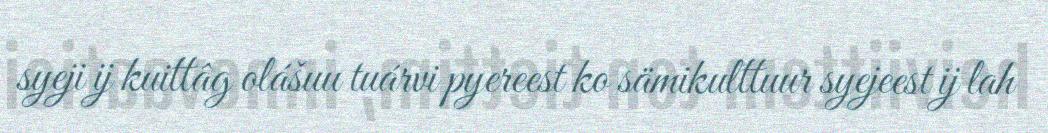
syeji ij kuittâg olášuu tuárvi pyereest ko sämikulttuur syejeest ij lah